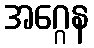
အဂ္ဂေန